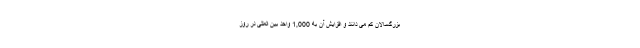
بزرگسالان کم می دانند و افزایش آن به 1,000 واحد بین المللی در روز